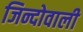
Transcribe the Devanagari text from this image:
जिन्दोवाली